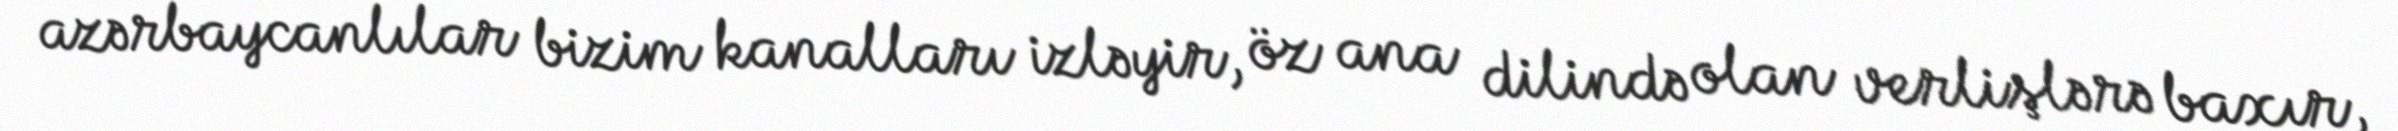
azərbaycanlılar bizim kanalları izləyir, öz ana dilində olan verlişlərə baxır,